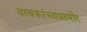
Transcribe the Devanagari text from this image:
वाचकांच्यासमोर